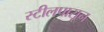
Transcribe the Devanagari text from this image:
स्टीलपासून